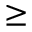
\ge